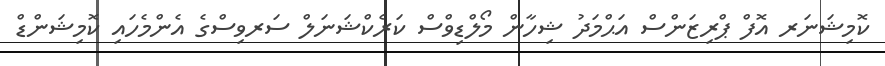
ކޮމިޝަނަރ އޮފް ޕްރިޒަންސް އަޙްމަދު ޝިހާން މޯލްޑިވްސް ކަރެކްޝަނަލް ސަރވިސްގެ އެންމެހައި ކޮމިޝަންޑް